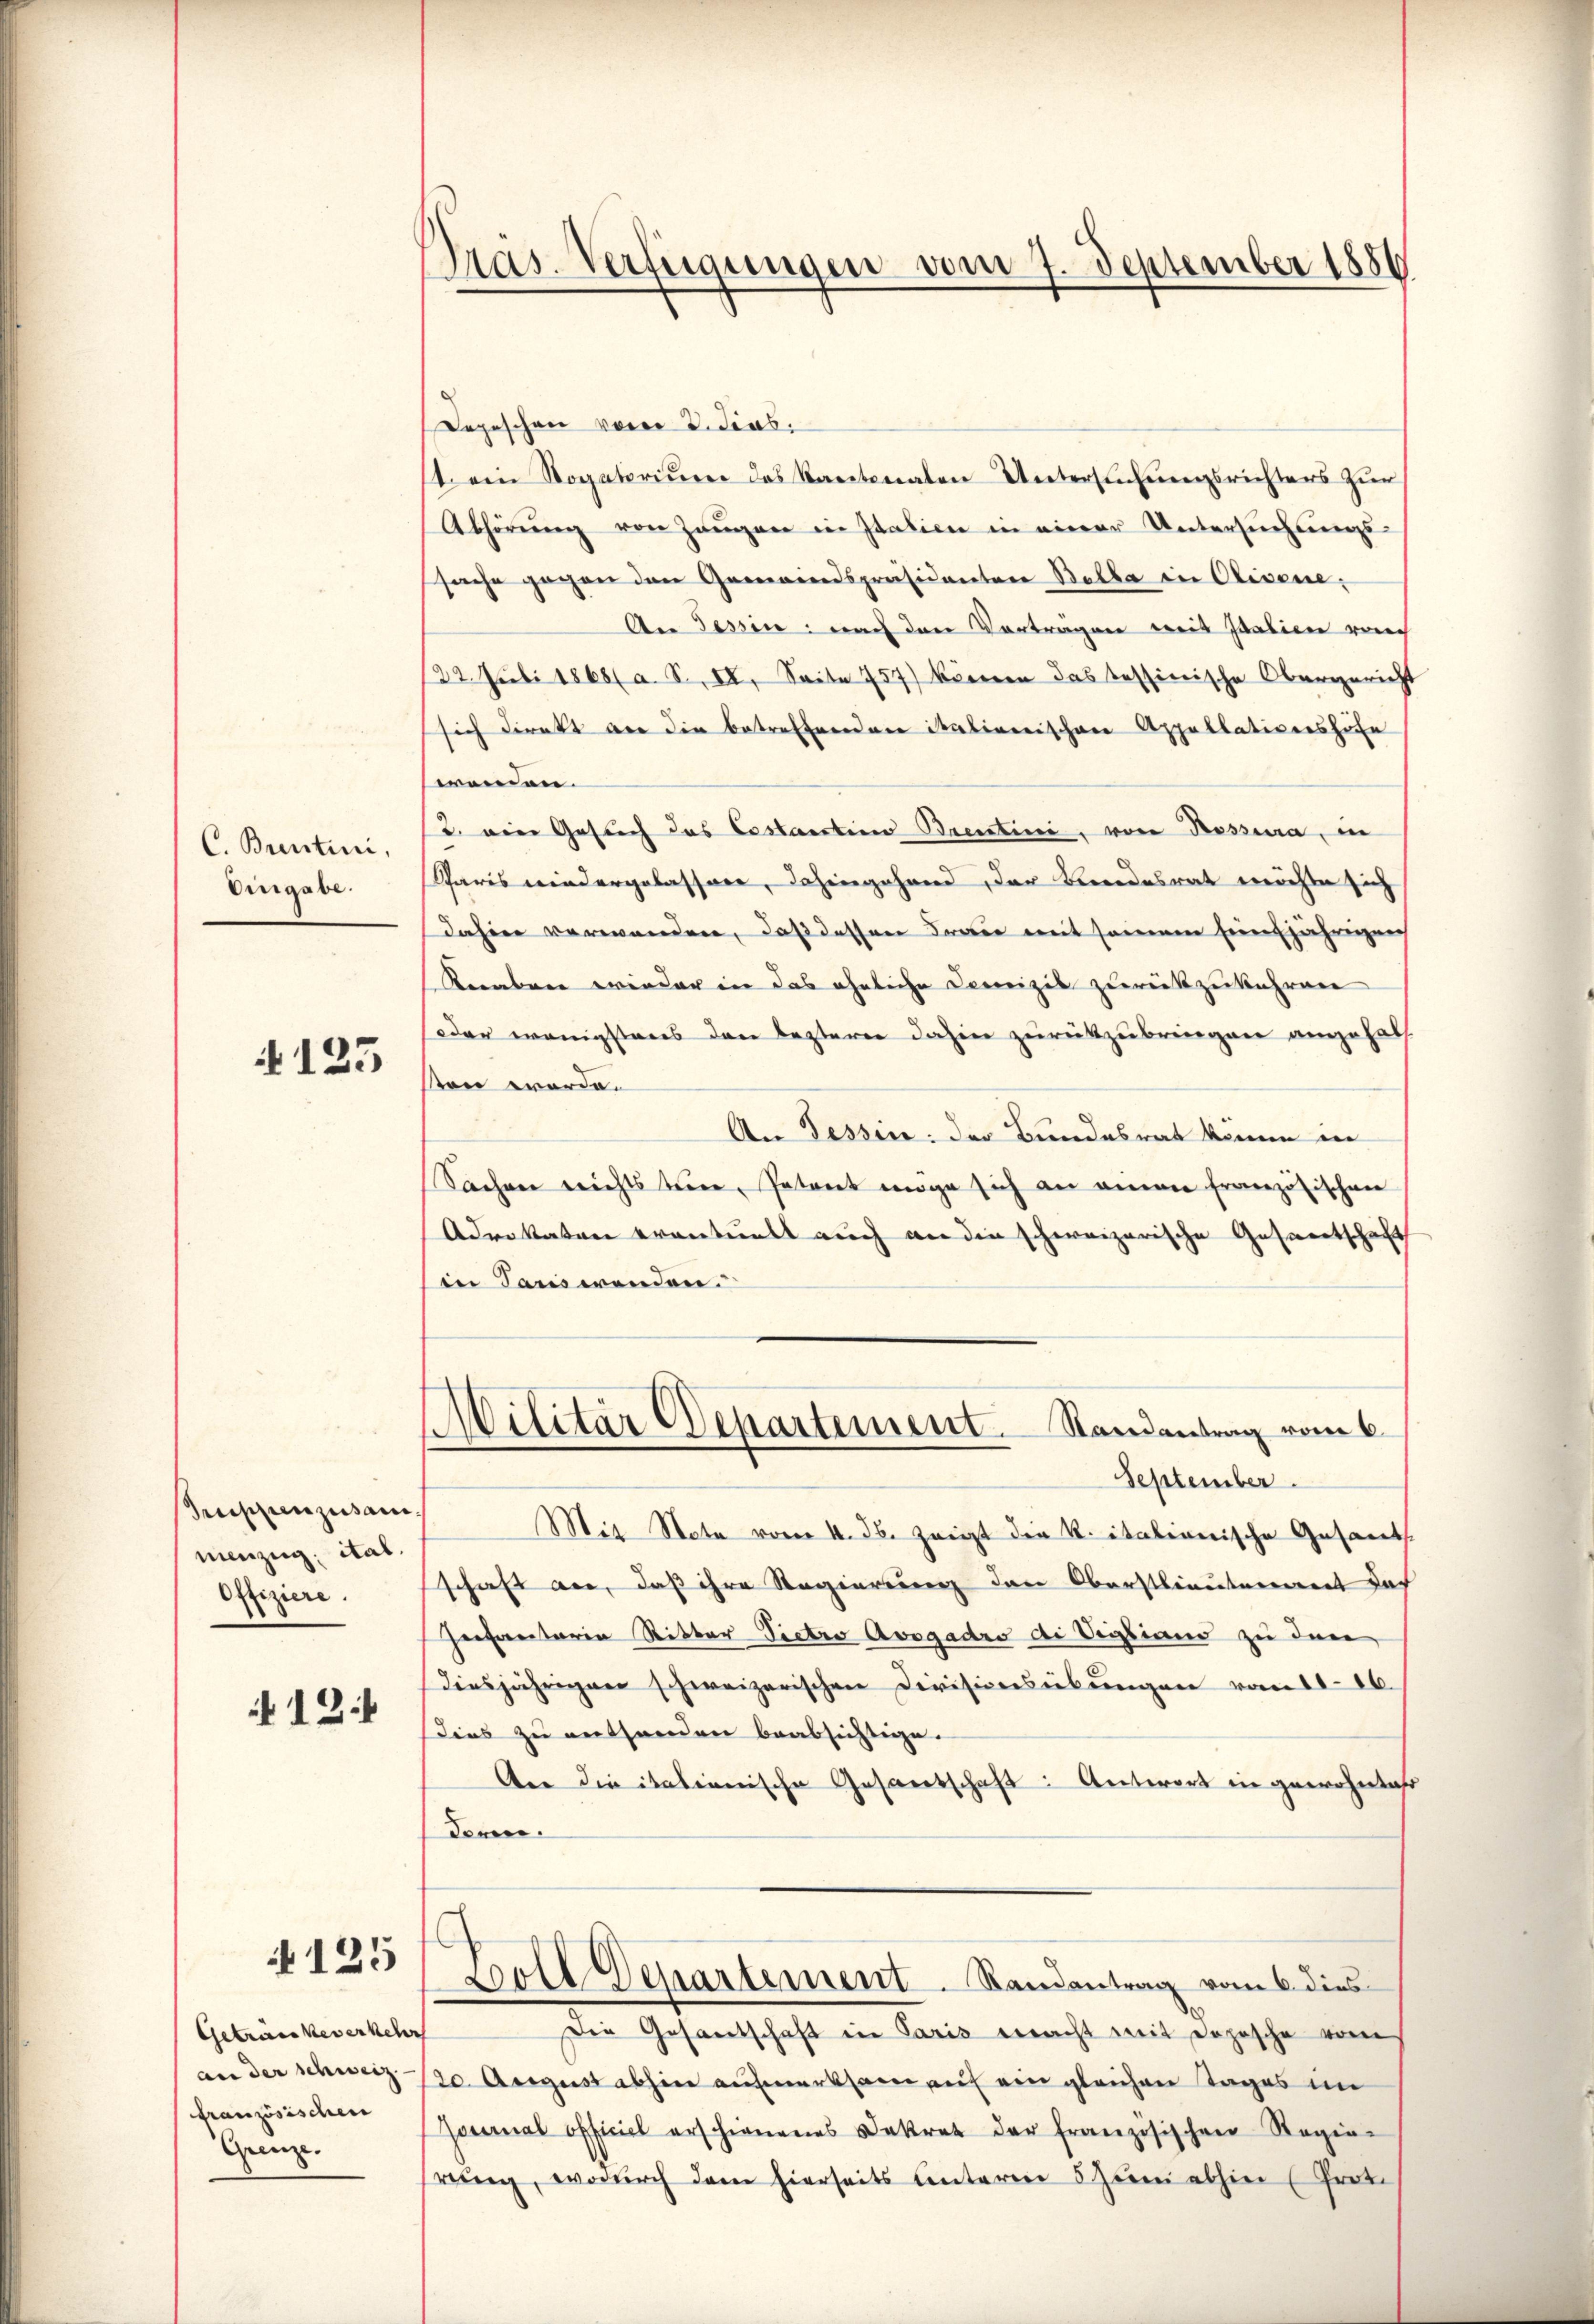
C. Buntini,
Eingabe.

125

Pruppenzusam
menzug, ital.
Offiziere.

125

Getracheverkehr
an der schweiz.
französischen
Grenze.

Präs. Verfügungen vom 7. September 1856

Depeschen vom 2. Jens
1 ein Rogatoriŭm das Kantonalen Untersuchungsrichters zur
Abhörŭng von Zeugen in Italien in einer Untersuchungs-
sache gegen den Gemeindspräsidenten Bella in Olivene;
An Tessin: nach den Vorträgen weit Italien vom
122. Juli 1868 a. S. II. Seite 757) können das tessinische Obergericht
sich direkt an die betreffenden italienischen Appellativeshöfe
wonnen. |
2. ein Gesuch das Costantien Brentini, von Bessera, in
Schares wiedergelassene, dahingehand, der Beendesrat möchte sich
dahier verwanden, daß dessen Fraue mit seinem Eine jährigen
Knaben wieder in das ähnliche Domizil zurückzukehren
oer wenigstens den lezterer dahin zurückzubringen angehalt.
son werde.
An Tessine der Bundesrat könne in
Sachen nichts teuer, Petent möge sich an einem französischen
Advokaten eventuell auch an die schweizerische Gesandtschaft
in Tauswenden.
Militär Departement.
Raisantrag vom 6.
September.
Mit Note vom 4. ds. zeigt die K. italionische Gesants.
schaft an, daß ihre Regierung den Oberstlieutenant dach
Gersantaria Ritter Pietro Avogadro di Vigliano zu dere
diesjährigen schweizerischen Divisionsübungen vom 11. 26.
dies zu enthanden beabsichtige.
An die italienische Gesandschaft: Antwort in gewohntes
doren.
Goll Departement. Randantrag vom 6. dies
Die Gesandschaft in Paris macht mit Dojesche vom
20. August abhin aufmerksam auf ein gleichen Tages im
Journal officiel erschienenes Dekret der französischen Regie-
rŭng, wodŭrch dem hierseits ŭnterm 5 Jŭni abhin (Prot.